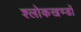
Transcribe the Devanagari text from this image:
श्लोकखण्डों